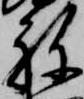
祢